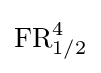
\operatorname {FR} _{1/2}^{4}